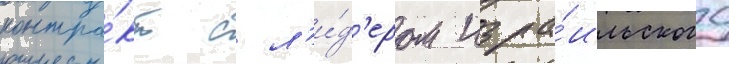
контра́кт с л'и́д'ером изра́ильского